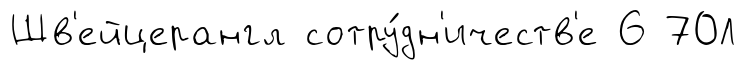
Шв'ейцерангл сотру́дн'ичеств'е 6 70Л